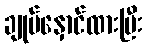
ချုပ်နှောင်ထားပြီး